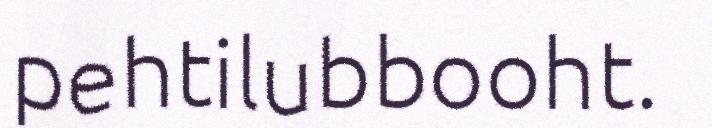
pehtilubbooht.